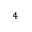
^ { 4 }